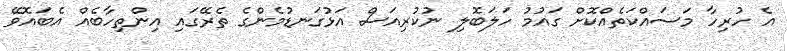
އެ ހުރިހާ މަސައްކަތެއްކޮށް ގައުމު ހަލަބޮލި ނުކުރިއަސް އަޅުގަނޑުމެންގެ ތެރޭގައި އިންތިހާބެއް އެބައޮވޭ